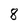
Character: 8